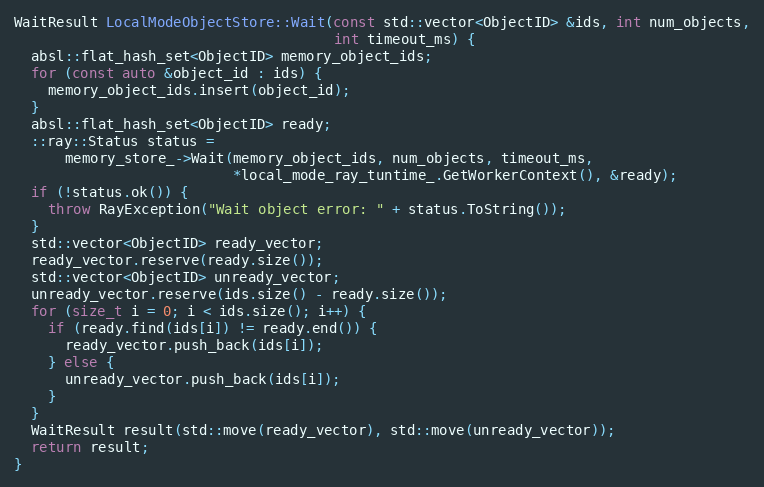
Language: C++
WaitResult LocalModeObjectStore::Wait(const std::vector<ObjectID> &ids, int num_objects,
                                      int timeout_ms) {
  absl::flat_hash_set<ObjectID> memory_object_ids;
  for (const auto &object_id : ids) {
    memory_object_ids.insert(object_id);
  }
  absl::flat_hash_set<ObjectID> ready;
  ::ray::Status status =
      memory_store_->Wait(memory_object_ids, num_objects, timeout_ms,
                          *local_mode_ray_tuntime_.GetWorkerContext(), &ready);
  if (!status.ok()) {
    throw RayException("Wait object error: " + status.ToString());
  }
  std::vector<ObjectID> ready_vector;
  ready_vector.reserve(ready.size());
  std::vector<ObjectID> unready_vector;
  unready_vector.reserve(ids.size() - ready.size());
  for (size_t i = 0; i < ids.size(); i++) {
    if (ready.find(ids[i]) != ready.end()) {
      ready_vector.push_back(ids[i]);
    } else {
      unready_vector.push_back(ids[i]);
    }
  }
  WaitResult result(std::move(ready_vector), std::move(unready_vector));
  return result;
}